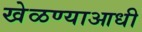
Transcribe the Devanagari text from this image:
खेळण्याआधी